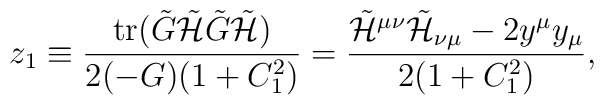
z_1\equiv\frac{{\rm tr}(\tilde{G}\tilde{{\cal H}}\tilde{G}\tilde{{\cal H}})}{2(-G)(1+C_1^2)}   =\frac{\tilde{{\cal H}}^{\mu\nu}\tilde{{\cal H}}_{\nu\mu}-2y^{\mu} y_{\mu}}{2(1+C_1^2)},